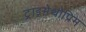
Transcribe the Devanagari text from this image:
ट्राइमेथोप्रिम